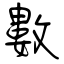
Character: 數